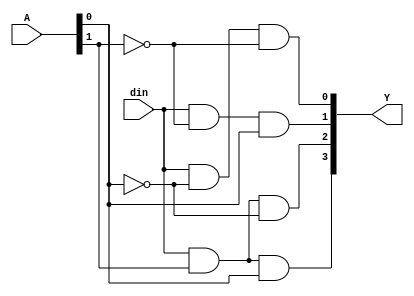
`timescale 1ns / 1ps
//////////////////////////////////////////////////////////////////////////////////
// Company: 
// Engineer: 
// 
// Design Name: 
// Module Name:    DEMUX1X4 
// Project Name: 
// Target Devices: 
// Tool versions: 
// Description: 
//
// Dependencies: 
//
// Revision: 
// Revision 0.01 - File Created
// Additional Comments: 
//
//////////////////////////////////////////////////////////////////////////////////
module DEMUX1X4(
                output [3:0] Y, 
					 input [1:0] A, 
					 input din);
assign Y[0] = din & (~A[0]) & (~A[1]);
assign Y[1] = din & (~A[1]) & A[0];
assign Y[2] = din & A[1] & (~A[0]);
assign Y[3] = din & A[1] & A[0];
endmodule